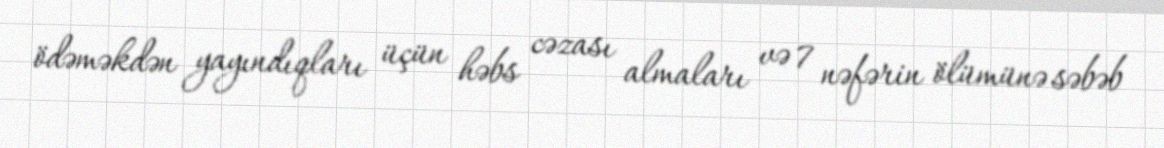
ödəməkdən yayındıqları üçün həbs cəzası almaları və 7 nəfərin ölümünə səbəb